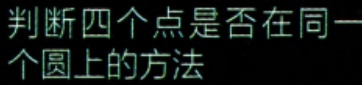
判断四个点是否在同一个圆上的方法